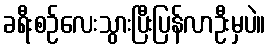
ခရီးစဉ်လေးသွားပြီးပြန်လာဦးမှပဲ။